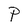
Character: P